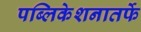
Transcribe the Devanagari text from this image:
पब्लिकेशनातर्फे